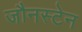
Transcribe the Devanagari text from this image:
जौनस्टेन